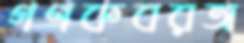
গণকবরঅ